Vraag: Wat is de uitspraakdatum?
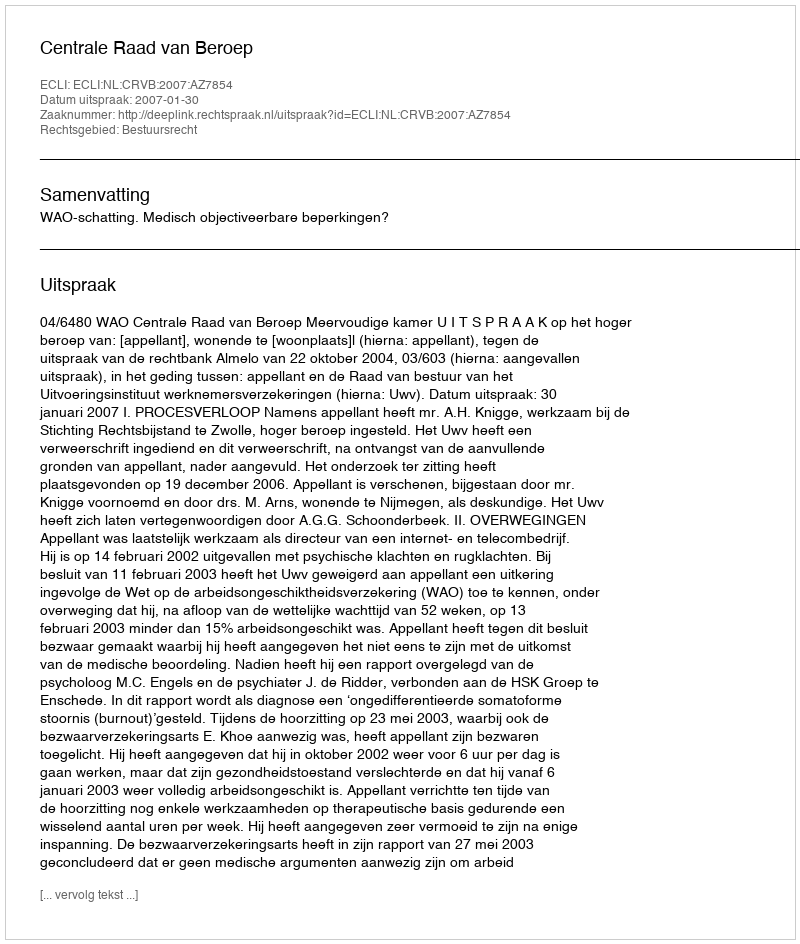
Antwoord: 2007-01-30